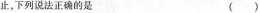
止，下列说法正确的是( )